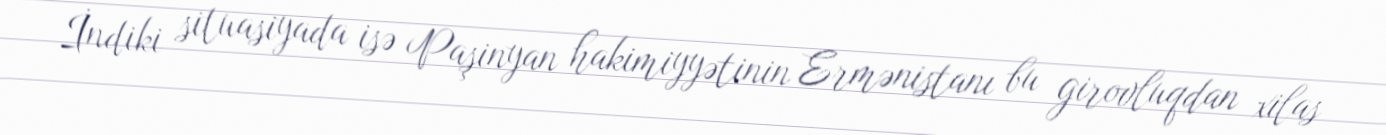
İndiki situasiyada isə Paşinyan hakimiyyətinin Ermənistanı bu girovluqdan xilas